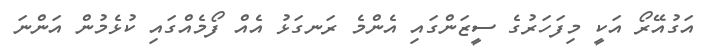
އަގުއޭރޯ އަކީ މިފަހަރުގެ ސީޒަންގައި އެންމެ ރަނގަޅު އެއް ފޯމެއްގައި ކުޅެމުން އަންނަ